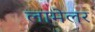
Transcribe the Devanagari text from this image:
लामेलर